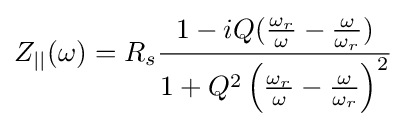
Z_{||}(\omega )=R_{s}{\frac {1-iQ({\frac {\omega _{r}}{\omega }}-{\frac {\omega }{\omega _{r}}})}{1+Q^{2}\left({\frac {\omega _{r}}{\omega }}-{\frac {\omega }{\omega _{r}}}\right)^{2}}}